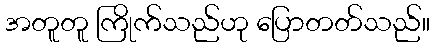
အတူတူ ကြိုက်သည်ဟု ပြောတတ်သည်။